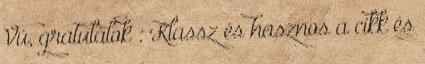
Vú, gratulálok : Klassz és hasznos a cikk és